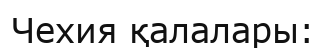
Чехия қалалары: